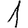
Digit: 1